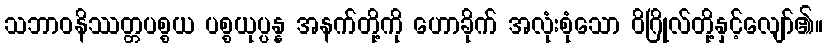
သဘာဝနိဿတ္တပစ္စယ ပစ္စယုပ္ပန္န အနက်တို့ကို ဟောခိုက် အလုံးစုံသော ဝိဂြိုလ်တို့နှင့်လျော်၏။